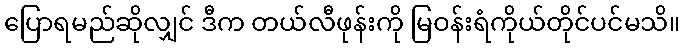
ပြောရမည်ဆိုလျှင် ဒီက တယ်လီဖုန်းကို မြဝန်းရံကိုယ်တိုင်ပင်မသိ။